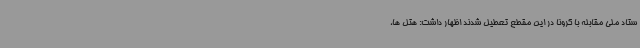
ستاد ملی مقابله با کرونا در این مقطع تعطیل شدند اظهار داشت: هتل ها،‌